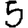
Digit: 5